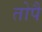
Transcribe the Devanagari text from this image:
तोपै